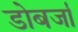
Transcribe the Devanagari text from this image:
डोबर्जा